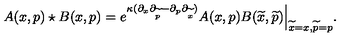
A ( x , p ) \star B ( x , p ) = e ^ { \kappa ( \partial _ { x } \partial _ { \widetilde { p } } { } - { } \partial _ { p } \partial _ { \widetilde { x } } ) } A ( x , p ) B ( { \widetilde { x } } , { \widetilde { p } } ) \Big | _ { { \widetilde { x } = x } , { \widetilde { p } = p } } .